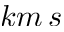
k m \, s